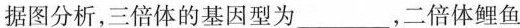
据图分析，三倍体的基因型为___，二倍体鲤鱼